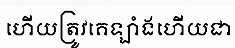
ហើយត្រូវគេឡាំងហើយជា